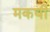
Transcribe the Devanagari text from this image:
मकघी